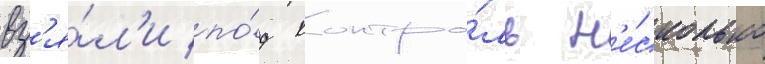
вз'я́л'и по́д контро́ль н'е́сколько